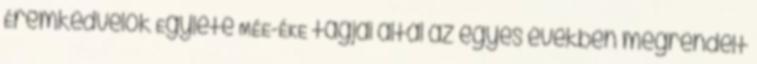
Éremkedvelők Egylete MÉE-ÉKE tagjai által az egyes években megrendelt